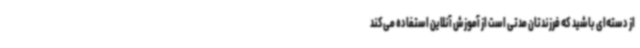
از دسته‌ای باشید که فرزندتان مدتی است از آموزش آنلاین استفاده می‌کند